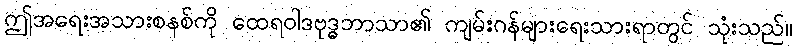
ဤအရေးအသားစနစ်ကို ထေရဝါဒဗုဒ္ဓဘာသာ၏ ကျမ်းဂန်များရေးသားရာတွင် သုံးသည်။